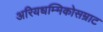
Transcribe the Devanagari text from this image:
अरियधम्मिकोसम्राट